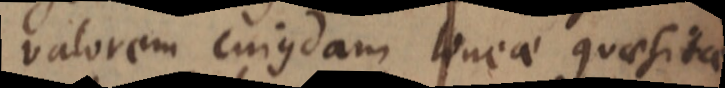
valorem cujusdam lineae quaesitae